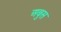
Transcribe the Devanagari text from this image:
अबुस